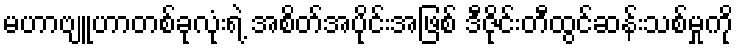
မဟာဗျူဟာတစ်ခုလုံးရဲ့ အစိတ်အပိုင်းအဖြစ် ဒီဇိုင်းတီထွင်ဆန်းသစ်မှုကို